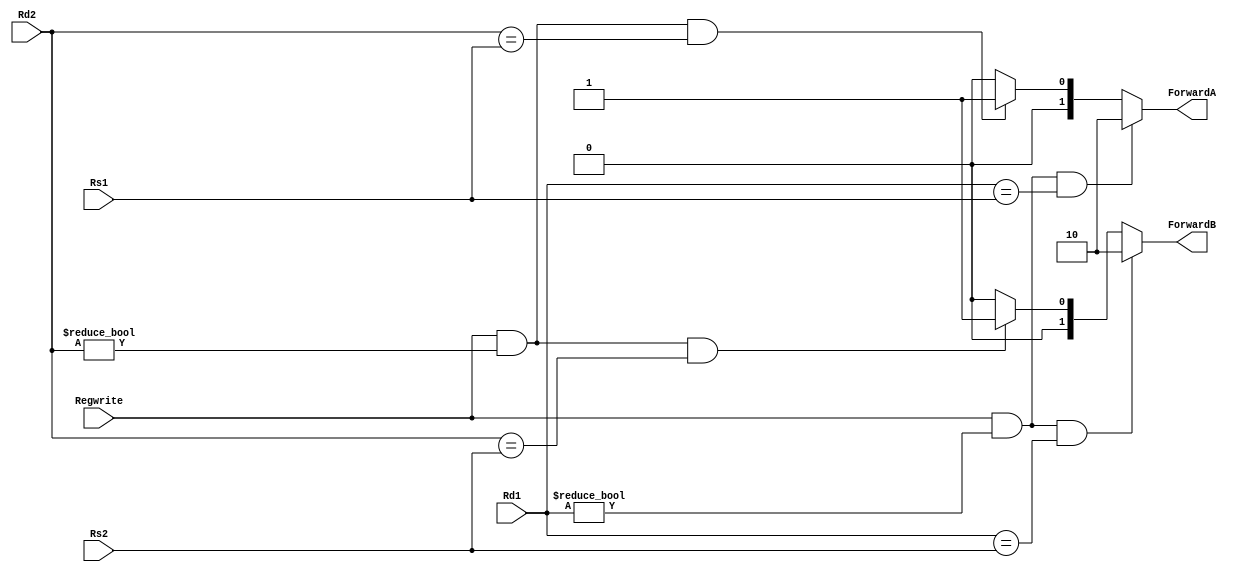
module fowarding(
    input Regwrite,                          
    input [4:0] Rs1,                         // Rs1 represent ID/EX.Rs1
    input [4:0] Rs2,                         // Rs2 represent ID/EX.Rs2
    input [4:0] Rd1,                         // Rd1 represent EX/MEM.RD
    input [4:0] Rd2,                         // Rd2 represent MEM/WB.RD
    output reg[1:0] ForwardA,
    output reg [1:0] ForwardB
    );
    // forwardA=00 means that the first ALU operand comes from register file source=ID/Ex register
    // forwardA=10 means that the first ALU operand comes from prior ALU result source=EX/MEM register
    // forwardA=01 means that the first ALU operand comes from data memory or an earlier ALU result
    // forwardB=00 means that the second ALU operand comes from register file source=ID/Ex register
    // forwardB=10 means that the second ALU operand comes from prior ALU result source=EX/MEM register
    // forwardB=01 means that the second ALU operand comes from data memory or an earlier ALU result
    always@(Regwrite or Rs1 or Rs2 or Rd1 or Rd2 )
    begin
    if((Regwrite==1'b1) && Rd1 !=0 && Rd1==Rs1)   //EX/MEM.RD==ID/EX.RS1
    ForwardA <= 2'b10;
    else if((Regwrite==1'b1) && Rd2 !=0 && Rd2==Rs1)// MEM/WB.RD==ID/EX.RS1
    ForwardA <= 2'b01;
    else
    ForwardA <= 2'b00;
    
    if((Regwrite==1'b1) && Rd1 !=0 && Rd1==Rs2)//EX/MEM.RD==ID/EX.RS2
    ForwardB <= 2'b10;
    else if((Regwrite==1'b1) && Rd2 !=0 && Rd2==Rs2)//MEM/WB.RD==ID/EX.RS2
    ForwardB <= 2'b01;
    else
    ForwardB <= 2'b00;
    
    
    end
endmodule